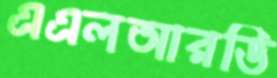
এএলআরডি